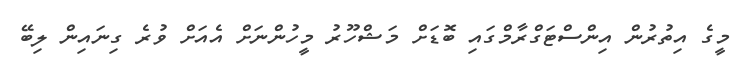
މީގެ އިތުރުން އިންސްޓަގްރާމްގައި ބޮޑަށް މަޝްހޫރު މީހުންނަށް އެއަށް ވުރެ ގިނައިން ލިބޭ